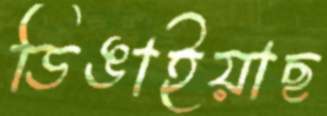
ডিঙাইয়াছ